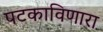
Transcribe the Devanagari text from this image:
पटकाविणारा